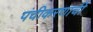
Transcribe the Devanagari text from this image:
पंचीकरणाची